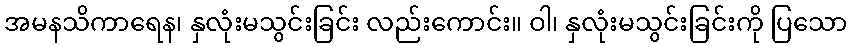
အမနသိကာရေန၊ နှလုံးမသွင်းခြင်း လည်းကောင်း။ ဝါ၊ နှလုံးမသွင်းခြင်းကို ပြသော